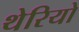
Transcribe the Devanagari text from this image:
थेरियो